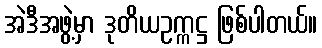
အဲဒီအဖွဲ့မှာ ဒုတိယဥက္ကဋ္ဌ ဖြစ်ပါတယ်။